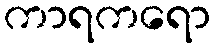
ကာရကရော